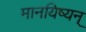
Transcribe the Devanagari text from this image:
मानयिष्यन्